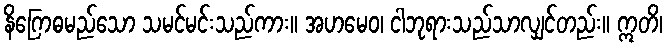
နိဂြောဓမည်သော သမင်မင်းသည်ကား။ အဟမေဝ၊ ငါဘုရားသည်သာလျှင်တည်း။ ဣတိ၊